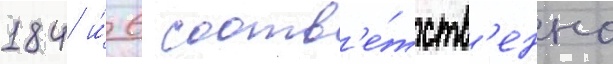
184 и́ 6 соотв'е́тств'енно